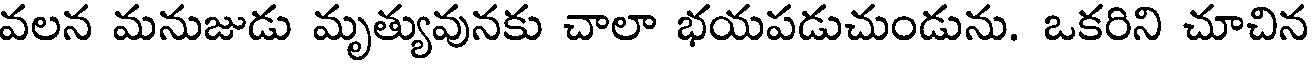
వలన మనుజుడు మృత్యువునకు చాలా భయపడుచుండును. ఒకరిని చూచిన